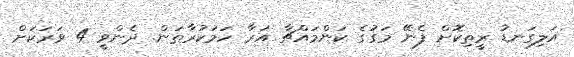
އަލިގަނޑު ރީތިކޮށް ފެނޭ މަގުގެ ކަންމައްޗާ އަރާ ހަމަކުރާތަން. ދެންވީ 4 ވަރަކަށް